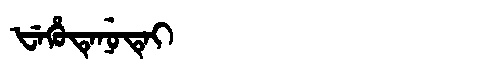
Manchu: ᡶᡝᡥᡠᡨᡝᠨᡠᡨᡝᡳ
Romanization: FEHUTENUTEI